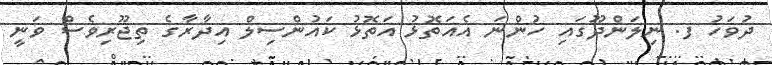
ދުވަހު ފ. ނިލަންދޫގައި ހުންނަ އެއަތޮޅު އަތޮޅު ކައުންސިލް އިދާރާގެ ތިޖޫރިވެސް ވަނީ